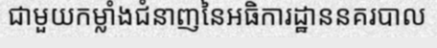
ជាមួយកម្លាំងជំនាញនៃអធិការដ្ឋាននគរបាល